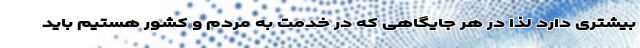
بیشتری دارد لذا در هر جایگاهی که در خدمت به مردم و کشور هستیم باید